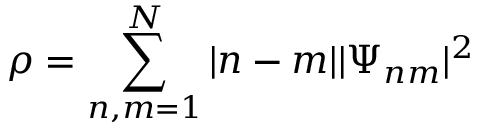
\rho = \sum _ { n , m = 1 } ^ { N } | n - m | | \Psi _ { n m } | ^ { 2 }